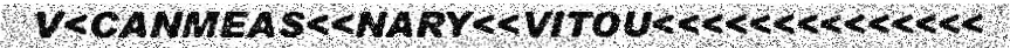
V<CANMEAS<<NARY<<VITOU<<<<<<<<<<<<<<